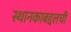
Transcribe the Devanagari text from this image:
स्थानकाबद्दलची